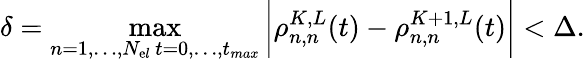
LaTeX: \delta=\operatorname*{max}_{\substack{n=1,\ldots,N_{\mathrm{e}l}\, t=0,\ldots,t_{max}}}\bigg|\rho_{n,n}^{K,L}(t)-\rho_{n,n}^{K+1,L}(t)\bigg|<\Delta.